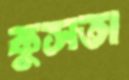
কুসতা